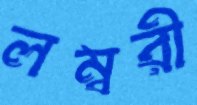
লম্বরী